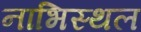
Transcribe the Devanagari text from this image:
नाभिस्थल